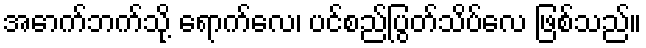
အောက်ဘက်သို့ ရောက်လေ၊ ပင်စည်ပြွတ်သိပ်လေ ဖြစ်သည်။